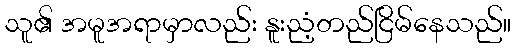
သူ၏ အမူအရာမှာလည်း နူးညံ့တည်ငြိမ်နေသည်။